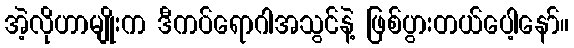
အဲ့လိုဟာမျိုးက ဒီကပ်ရောဂါအသွင်နဲ့ ဖြစ်ပွားတယ်ပေါ့နော်။